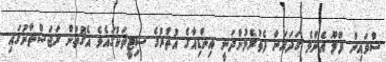
ސްވައިން ފްލޫ އެންމެ ގަދަޔަށް ފެތުރެމުންދަނީ އިންޑިއާގެ އުތުރުގެ ސިޓީތަކުގައެވެ އެގޮތުން ރަޖަސްތާނުގައި